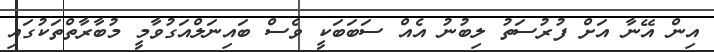
އިން އޭނާ އަށް ފުރުސަތު ލިބުނު އެއް ސަބަބަކީ ވެސް ބައިނަލްއަގުވާމީ މުބާރާތްތަކުގައި